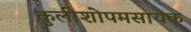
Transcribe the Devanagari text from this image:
कुलीशोपमसायक